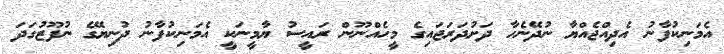
އެމަނިކުފާނު އެދިއްޖެއްޔާ ނުދޭނެހާ ދަށުދަރަޖައިގެ މީހެއްނޫން ރައީސު ޔާމީނަކީ އެމަނިކުފާނު ދުނިޔޭގެ ނުފޫޒުގަދަ